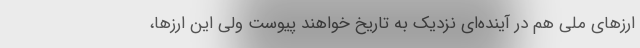
ارزهای ملی هم در آینده‌ای نزدیک به تاریخ خواهند پیوست ولی این ارزها،